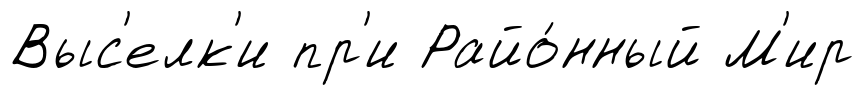
Выс'елк'и пр'и Райо́нный М'ир